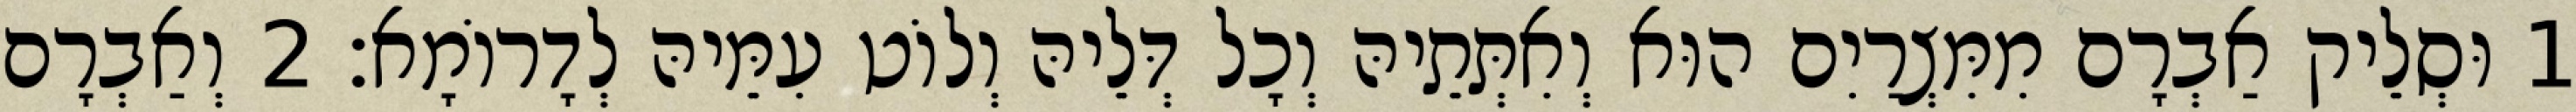
1 וּסְלֵיק אַבְרָם מִמִּצְרַיִם הוּא וְאִתְּתֵיהּ וְכָל דְּלֵיהּ וְלוֹט עִמֵּיהּ לְדָרוֹמָא׃ 2 וְאַבְרָם